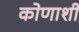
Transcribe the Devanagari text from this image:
कोणाशी